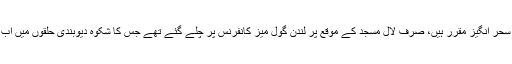
مولانا فضل الرحمٰن سحر انگیز مقرر ہیں، صرف لال مسجد کے موقع پر لندن گول میز کانفرنس پر چلے گئے تھے جس کا شکوہ دیوبندی حلقوں میں اب بھی سنائی دیتا ہے۔